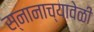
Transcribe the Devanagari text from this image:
स्नानाच्यावेळी